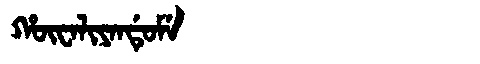
Manchu: ᡥᡡᠸᠠᠯᡳᠶᠠᠨᡩᡠᠮᡝ
Romanization: HŪWALIYANDUME